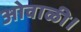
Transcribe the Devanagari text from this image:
ओवाळी।